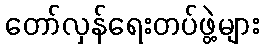
တော်လှန်ရေးတပ်ဖွဲ့များ